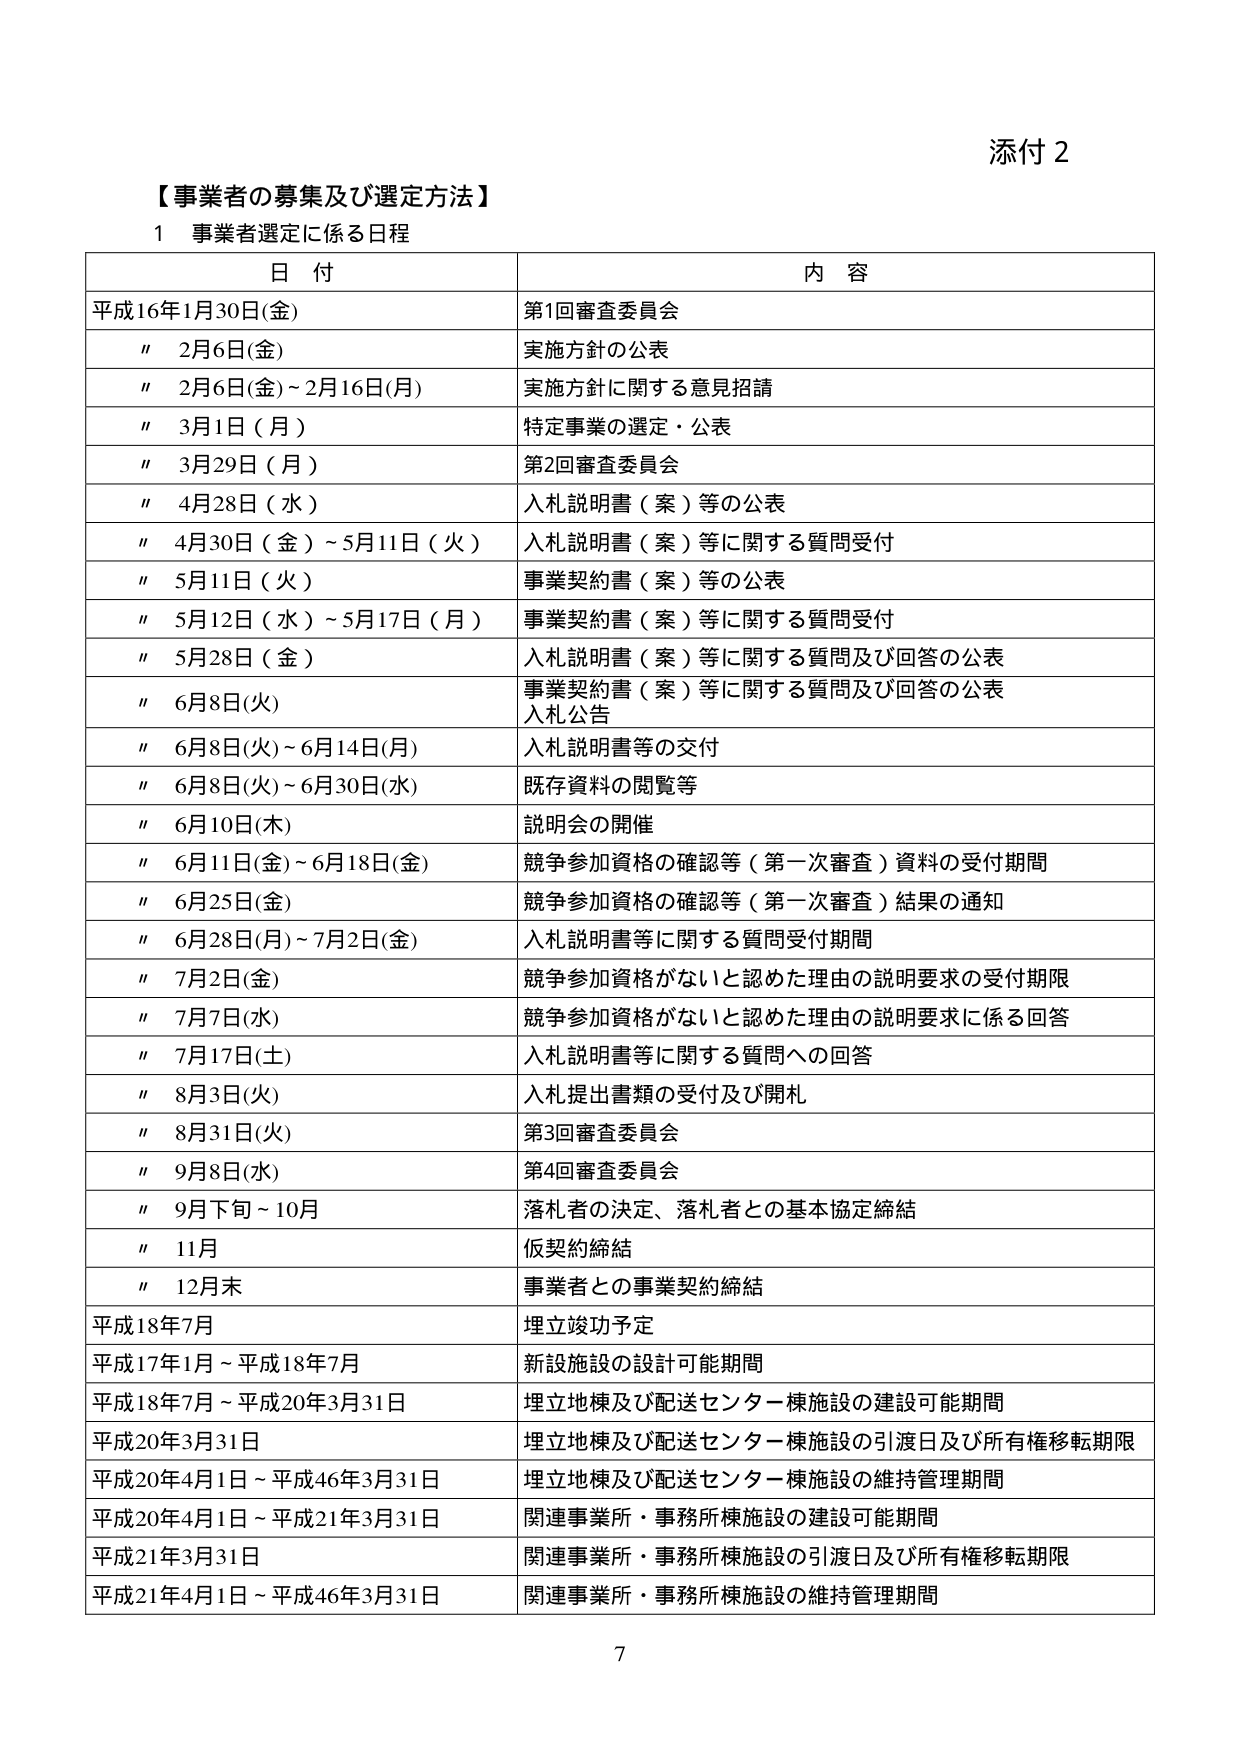
添付２

【事業者の募集及び選定方法】

１ 事業者選定に係る日程

日付 内容
平成16年1月30日(金) 第1回審査委員会
〃 2月6日(金) 実施方針の公表
〃 2月6日(金)～2月16日(月) 実施方針に関する意見招請
〃 3月1日（月） 特定事業の選定・公表
〃 3月29日（月） 第2回審査委員会
〃 4月28日（水） 入札説明書（案）等の公表
〃 4月30日（金）～5月11日（火） 入札説明書（案）等に関する質問受付
〃 5月11日（火） 事業契約書（案）等の公表
〃 5月12日（水）～5月17日（月） 事業契約書（案）等に関する質問受付
〃 5月28日（金） 入札説明書（案）等に関する質問及び回答の公表
〃 6月8日(火) 事業契約書（案）等に関する質問及び回答の公表
入札公告
〃 6月8日(火)～6月14日(月) 入札説明書等の交付
〃 6月8日(火)～6月30日(水) 既存資料の閲覧等
〃 6月10日(木) 説明会の開催
〃 6月11日(金)～6月18日(金) 競争参加資格の確認等（第一次審査）資料の受付期間
〃 6月25日(金) 競争参加資格の確認等（第一次審査）結果の通知
〃 6月28日(月)～7月2日(金) 入札説明書等に関する質問受付期間
〃 7月2日(金) 競争参加資格がないと認めた理由の説明要求の受付期限
〃 7月7日(水) 競争参加資格がないと認めた理由の説明要求に係る回答
〃 7月17日(土) 入札説明書等に関する質問への回答
〃 8月3日(火) 入札提出書類の受付及び開札
〃 8月31日(火) 第3回審査委員会
〃 9月8日(水) 第4回審査委員会
〃 9月下旬～10月 落札者の決定、落札者との基本協定締結
〃 11月 仮契約締結
〃 12月末 事業者との事業契約締結
平成18年7月 埋立竣工予定
平成17年1月～平成18年7月 新設施設の設計可能期間
平成18年7月～平成20年3月31日 埋立地棟及び配送センター棟施設の建設可能期間
平成20年3月31日 埋立地棟及び配送センター棟施設の引渡日及び所有権移転期限
平成20年4月1日～平成46年3月31日 埋立地棟及び配送センター棟施設の維持管理期間
平成20年4月1日～平成21年3月31日 関連事業所・事務所棟施設の建設可能期間
平成21年3月31日 関連事業所・事務所棟施設の引渡日及び所有権移転期限
平成21年4月1日～平成46年3月31日 関連事業所・事務所棟施設の維持管理期間

7